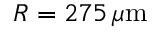
R = 2 7 5 \, \mu \mathrm { m }